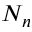
N _ { n }